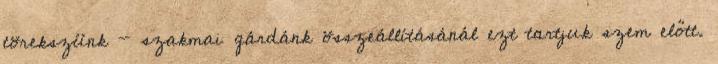
törekszünk - szakmai gárdánk összeállításánál ezt tartjuk szem előtt.